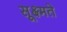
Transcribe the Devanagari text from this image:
सूक्ष्मते